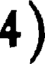
4 )